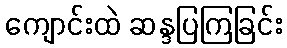
ကျောင်းထဲ ဆန္ဒပြကြခြင်း